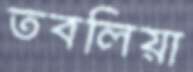
তবলিয়া